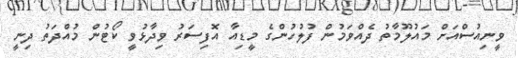
ވީނިއުސްއަށް މައުލޫމާތު ދެއްވަމުން ފުލުހުންގެ މީޑިއާ އޮފިސަރު ވިދާޅުވީ ކޯޓުން މުއްދަތު ދިނީ